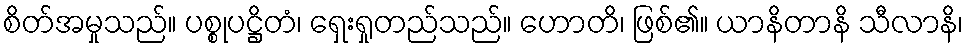
စိတ်အမှုသည်။ ပစ္စုပဋ္ဌိတံ၊ ရှေးရှုတည်သည်။ ဟောတိ၊ ဖြစ်၏။ ယာနိတာနိ သီလာနိ၊